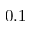
0 . 1